Vaccination in Burma 1912-1922 - 1912-1922
Year: 1912
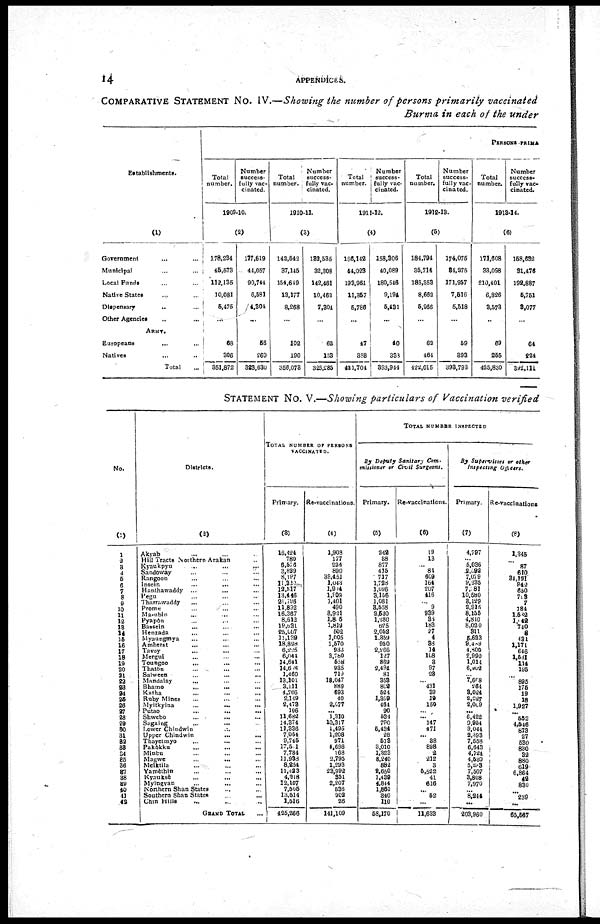
14
APPENDICES.
COMPARATIVE STATEMENT No. IV.—Showing the number of persons primarily vaccinated
Burma in each of the under
Establishments.
(1)
Government ... ...
Municipal ... ...
Local Funds ... ...
Native States ... ...
Dispensary
... ...
Other Agencies
ARMY.
Europeans ... ...
Natives
... ...
Total ...
PERSONS PRIMA
Total
number.
Number
success-
fully vac-
cinated.
1909-10.
(2)
178,234
15,573
112,135
10,081
5,475
...
63
306
351,872
177,619
44,057
90,744
6,681
4,304
...
56
269
323,630
Total
number.
Number
success-
fully vac-
cinated.
1910-11.
(3)
142,542
37,146
154,649
13,177
8,268
...
102
190
356,078
132,535
32,308
142,461
10,462
7,304
...
62
158
325,285
Total
number.
Number
success-
fully vac-
cinated.
1911-12.
(4)
166,142
44,023
193,961
11,357
5,786
...
47
388
421,704
158,306
40,089
180,516
9,194
5,431
...
40
333
393,944
Total
number.
Number
success-
fully vac-
cinated.
1912-13.
(5)
184,794
35,714
188,353
8,662
5,966
...
62
464
422,015
174,076
84,275
171,957
7,516
5,518
...
59
393
398,793
Total
number.
Number
success-
fully vac-
cinated.
1913-14.
(6)
171,608
33,098
210,401
6,826
3,573
..
69
255
425,830
158,682
31,476
192,887
5,751
3,077
...
64
224
392,111
STATEMENT No. V.—Showing particulars of Vaccination verified
No.
(1)
1
2
3
4
5
6
7
8
9
10
11
12
13
14
15
16
17
18
19
20
21
22
23
24
25
26
27
28
29
30
31
32
33
34
35
36
37
38
39
40
41
42
Districts.
(2)
Akyab ... ...
Hill Tracts Northern Arakan ...
Kyaukpyu
...
...
...
Sandoway ... ... ...
Rangoon ... ... ...
Insein
...
... ...
Hanthawaddy ...
... ...
Pegu ... ... ...
Tharrawaddy ... ... ...
Prome ... ... ...
Ma-ubin
...
... ...
Pyapôn ... ... ...
Bassein ... ... ...
Henzada ... ... ...
Myaungmya ... ...
Amherst
... ... ...
Tavoy
...
... ...
Mergui ... ... ...
Toungoo ... ... ...
Thatô ... ... ...
Salween ... ... ...
Mandalay ... ... ...
Bhamo
...
... ...
Katha ... ... ...
Ruby Mines ... ...
Myitkyina
...
...
...
Putao ... ... ...
Shwebo ... ... ...
Sagaing ... ... ...
Lower Chindwin ... ... ...
Upper Chindwin
...
... ...
Thayetmyo
...
... ...
Pakôkku ... ... ...
Minbu ... ... ...
Magwe ... ... ...
Meiktila ... ... ...
Yamèthin ... ... ...
Kyauksè ... ... ...
Myingyan
...
... ...
Northern Shan States ... ...
Southern Shan States ... ...
Chin Hills ... ...
GRAND TOTAL ...
TOTAL NUMBER OF PERSONS
VACCINATED.
Primary.
(3)
16,424
780
6,576
3,829
8,197
11,320
12,517
13,446
21,796
11,892
16,367
8,613
19,631
25,007
11,139
18,898
6,225
6,044
14,641
14,608
1,460
13,101
3,111
4,766
2,149
2,473
106
11,682
14,374
11,336
7,054
9,745
17,511
7,734
11,938
8,254
11,423
4,218
12,107
7,505
13,514
1,516
425,266
Re-vaccinations.
(4)
1,903
177
224
890
39,451
1,043
1,914
l,909
1,401
490
8,921
1,815
1,819
502
1,005
1,570
933
3,780
558
935
719
18,047
889
693
40
2,077
... 1,310
10,317
1,495
1,208
971
4,698
168
2,795
1,293
28,992
351
2,207
536
902
26
141,109
TOTAL NUMBER INSPECTED
By Deputy Sanitary Com-
missioner or Civil Surgeons.
Primary.
(5)
242
38
877
415
717
1,728
1,096
3,156
1,081
8,558
2,530
1,280
625
2,052
1,359
950
2,266
127
869
2,494
81
353
802
524
1,399
464
90
534
790
5,434
28
518
3,010
1,323
8,240
882
2,650
1,439
4,844
1,860
340
110
58,170
Re-vaccinations.
(6)
19
13
...
84
609
164
207
416
...
9
939
35
183
27
4
88
14
168
3
97
23
... 431
89
19
150
...
... 147
471
... 38
898
2
212
3
5,522
41
616
... 52
...
11,633
By Supervisors or other
Inspteting Officers.
Primary.
(7)
4,797
... 5,036
2,092
7,079
9,235
7,381
10,580
8,129
2,915
8,155
4,840
8,020
311
5,623
9,489
4,800
2,990
1,014
6,902
... 7,668
264
3,024
3,827
2,009
...
6,422
9,954
9,044
2,393
7,558
6,643
4,724
4,580
5,288
7,507
3,808
7,970
... 8,244
...
203,960
Re-vaccinations
(8)
1,345
...
87
610
34,191
342
650
733
7
184
1,582
1,642
740
8
431
1,171
646
1,531
114
195
...
895
175
19
18
1,927
...
552
4,546
873
27
530
830
32
880
619
6,864
42
830
...
239
...
65,567